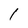
Character: I